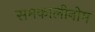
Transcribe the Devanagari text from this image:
समकालीनोम